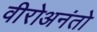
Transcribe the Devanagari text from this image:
वीरोअनंतो